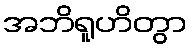
အဘိရူဟိတွာ